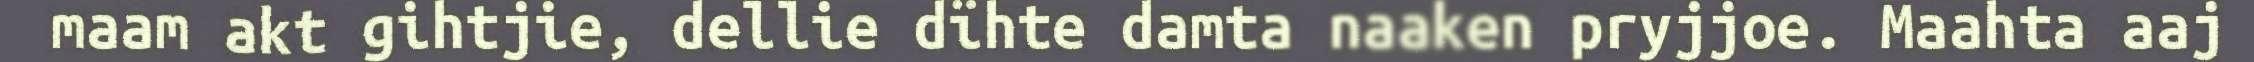
maam akt gihtjie, dellie dïhte damta naaken pryjjoe. Maahta aaj